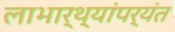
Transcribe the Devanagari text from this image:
लाभार्थ्यांपर्यंत